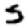
Digit: 5